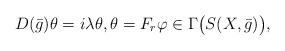
\begin{align*} D(\bar{g})\theta=i\lambda \theta,\theta=F_r\varphi\in\Gamma\big(S(X,\bar{g})\big), \end{align*}